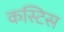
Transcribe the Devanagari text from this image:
कस्टिस